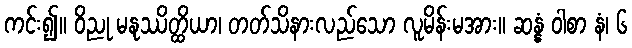
ကင်း၍။ ဝိညု မနုဿိတ္ထိယာ၊ တတ်သိနားလည်သော လူမိန်းမအား။ ဆန္နံ ဝါစာ နံ၊ ၆